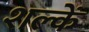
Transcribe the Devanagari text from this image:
शल्कें